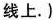
线上.)